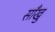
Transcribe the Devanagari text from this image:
साँखु